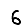
Digit: 6